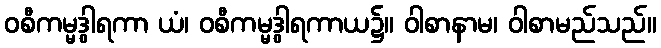
ဝစီကမ္မဒွါရကာ ယံ၊ ဝစီကမ္မဒွါရကာယ၌။ ဝါစာနာမ၊ ဝါစာမည်သည်။